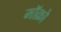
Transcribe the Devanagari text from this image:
मॉक्रो